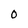
Character: 0